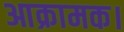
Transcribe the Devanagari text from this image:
आक्रामक।